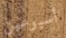
أسبوعين